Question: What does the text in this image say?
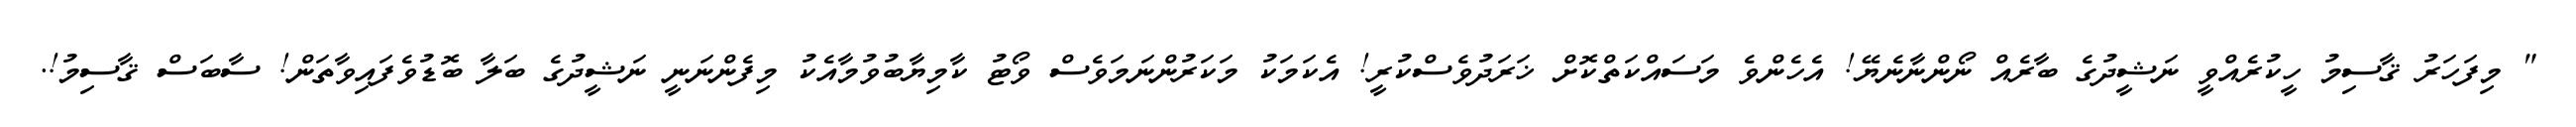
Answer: " މިފަހަރު ޤާސިމު ހީކުރެއްވީ ނަޝީދުގެ ބާރެއް ނޯންނާނެޔޭ! އެހެންވެ މަސައްކަތްކޮށް ޚަރަދުވެސްކުރީ! އެކަމަކު މަކަރުންނަމަވެސް ވޯޓު ކާމިޔާބުވުމާއެކު މިފެންނަނީ ނަޝީދުގެ ބަލާ ބޮޑުވެފައިވާތަން! ސާބަސް ޤާސިމު!.